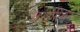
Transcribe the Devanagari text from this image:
तरुणींवर